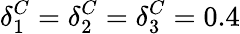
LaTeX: \delta_{1}^{C}=\delta_{2}^{C}=\delta_{3}^{C}=0.4